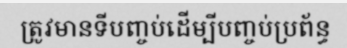
ត្រូវមានទីបញ្ចប់ដើម្បីបញ្ចប់ប្រព័ន្ធ